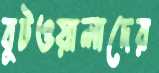
বুটওয়ালাদের